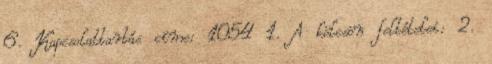
6. Kapcsolattartás címe: 1054 1. A kölcsön feltételei: 2.